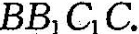
BB_{1}C_{1}C。